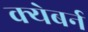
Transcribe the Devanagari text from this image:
क्येबर्न